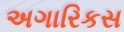
અગારિકસ